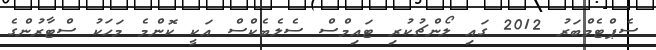
ސެޕްޓެމްބަރު 2012 ގައި ލޯންޗުކުރި ޓައިމްސް ސެލެބެކްސް އަކީ ކޮންމެ މަހަކު ސްޓާރުންގެ